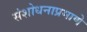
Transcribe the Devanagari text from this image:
संशोधनाप्रमाणे